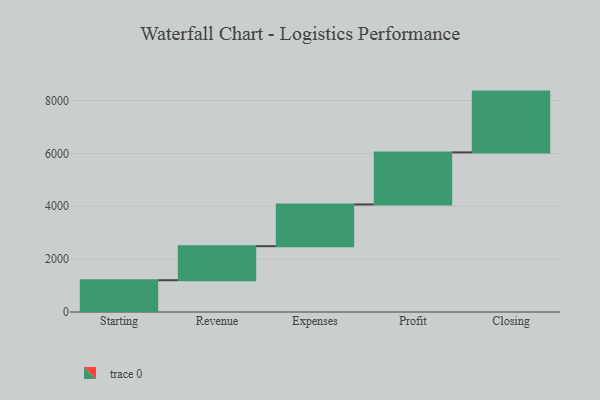
{"axis": {"x": "Step", "y": "Value"}, "legend": [""], "data": [{"x": "Starting", "y": 1202.0, "type": ""}, {"x": "Revenue", "y": 1288.0, "type": ""}, {"x": "Expenses", "y": 1579.0, "type": ""}, {"x": "Profit", "y": 1970.0, "type": ""}, {"x": "Closing", "y": 2300.0, "type": ""}]}